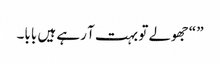
” “جھولے تو بہت آ رہے ہیں بابا۔